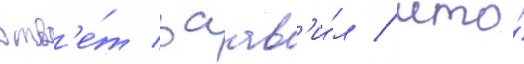
отв'е́т заав'и́л / что́